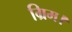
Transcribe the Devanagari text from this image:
ग्रिम।